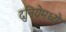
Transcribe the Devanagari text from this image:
दुनियेमध्ये